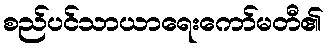
စည်ပင်သာယာရေးကော်မတီ၏